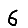
Digit: 6